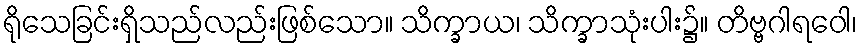
ရိုသေခြင်းရှိသည်လည်းဖြစ်သော။ သိက္ခာယ၊ သိက္ခာသုံးပါး၌။ တိဗ္ဗဂါရဝေါ၊